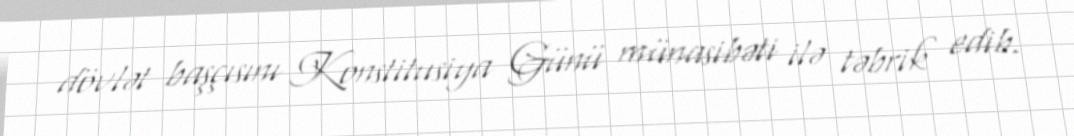
dövlət başçısını Konstitusiya Günü münasibəti ilə təbrik edib.